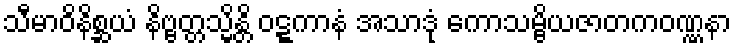
သီမာဝိနိစ္ဆယံ နိဗ္ဗတ္တသ္မိန္တိ ဝဋ္ဋကာနံ အသာဒုံ ကောသမ္ဗိယဇာတကဝဏ္ဏနာ